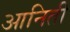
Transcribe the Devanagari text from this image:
आनिती